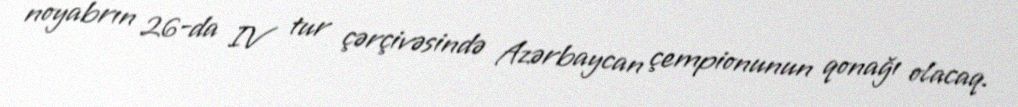
noyabrın 26-da IV tur çərçivəsində Azərbaycan çempionunun qonağı olacaq.